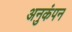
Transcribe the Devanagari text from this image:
अनुकंपन